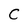
Character: C